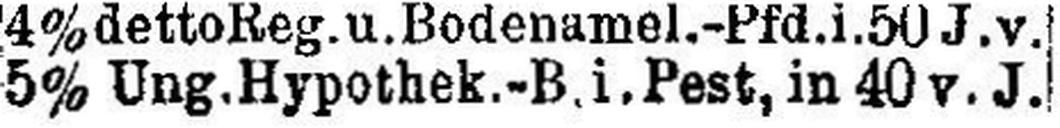
5% Ung. Hypothek.-B. i. Pest, in 40 v. J.